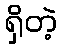
ရှိတဲ့